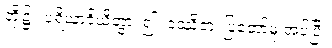
တို့၌။ ပရိယာဒိယိတွာ၊ ၍။ ဒဿိတံ၊ ပြတော်မူ အပ်ပြီ။